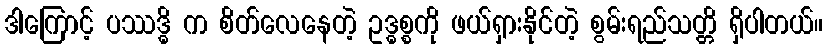
ဒါကြောင့် ပဿဒ္ဓိ က စိတ်လေနေတဲ့ ဥဒ္ဓစ္စကို ဖယ်ရှားနိုင်တဲ့ စွမ်းရည်သတ္တိ ရှိပါတယ်။